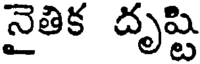
నైతిక దృష్టి